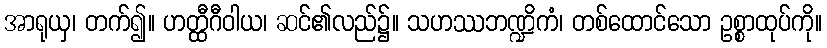
အာရုယှ၊ တက်၍။ ဟတ္ထီဂီဝါယ၊ ဆင်၏လည်၌။ သဟဿဘဏ္ဍိကံ၊ တစ်ထောင်သော ဥစ္စာထုပ်ကို။